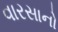
વારસાનો